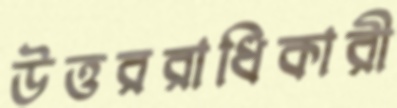
উত্তররাধিকারী